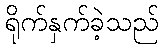
ရိုက်နှက်ခဲ့သည်